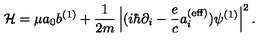
{ \cal H } = \mu a _ { 0 } b ^ { ( 1 ) } + { \frac { 1 } { 2 m } } \left| ( i \hbar \partial _ { i } - { \frac { e } { c } } a _ { i } ^ { ( \mathrm { e f f } ) } ) \psi ^ { ( 1 ) } \right| ^ { 2 } .